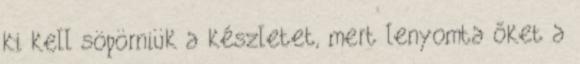
ki kell söpörniük a készletet, mert lenyomta őket a